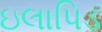
ઇલાપિડ